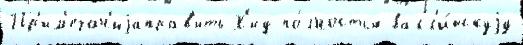
Пр'им'ечан'иjаправ'ить Х'иу по́лностью валл'и́йскуjу